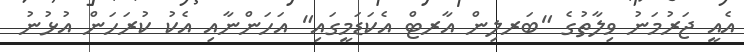
އެއީ ޖަރުމަނު ވިލާތުގެ "ބަރލިން އާރޓް އެކަޑަމީގައި" އަހަންނާއި އެކު ކުރަހަން އުޅުނު